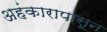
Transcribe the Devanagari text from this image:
अहंकारापासून